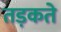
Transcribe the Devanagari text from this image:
तड़कते